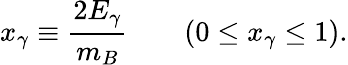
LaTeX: x_{\gamma}\equiv\frac{2E_{\gamma}}{m_{B}}\qquad\left(0\leq x_{\gamma}\leq 1\right).